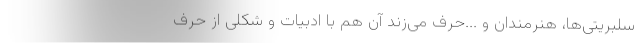
سلبریتی‌ها، هنرمندان و ...حرف می‌زند آن هم با ادبیات و شکلی از حرف